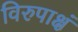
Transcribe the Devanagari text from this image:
विरुपाक्षं